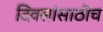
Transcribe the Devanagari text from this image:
दिवसांसाठीच